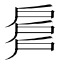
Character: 𢩕